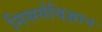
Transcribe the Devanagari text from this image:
निसर्गविज्ञान